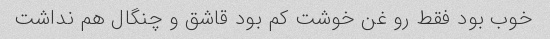
خوب بود فقط رو غن خوشت کم بود قاشق و چنگال هم نداشت